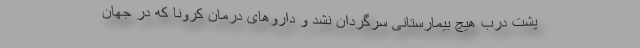
پشت درب هیچ بیمارستانی سرگردان نشد و داروهای درمان کرونا که در جهان